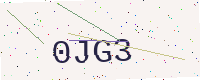
Text: 0JG3